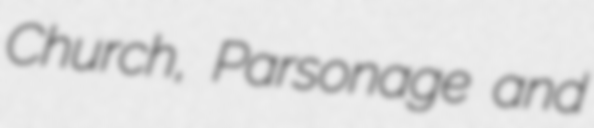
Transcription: Church, Parsonage and